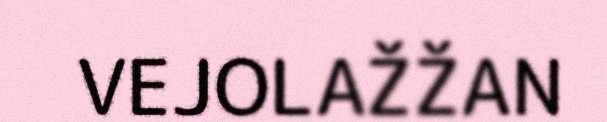
VEJOLAŽŽAN